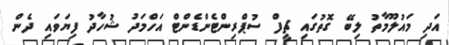
އަދި މައުލޫމާތު ލިބޭ ގޮތުގައި ޗީފް ސުޕްރިންޓެންޑެންޓް އަހްމަދު ޝުހާދު ފިޔަވައި ދެން